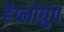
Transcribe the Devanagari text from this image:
हैप्लोग्रुप